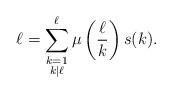
LaTeX: \begin{align*}\ell = \sum_{\substack{ k= 1 \\ k|\ell}}^{\ell} \mu\left( \frac{\ell}{k} \right) s(k). \end{align*}